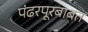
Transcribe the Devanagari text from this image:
पंढरपूरबाबत